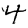
Digit: 4